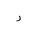
Letter: _ra